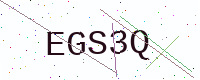
Text: EGS3Q